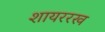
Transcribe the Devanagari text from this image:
शायररख